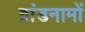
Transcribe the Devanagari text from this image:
ब्रांडनामों